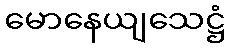
မောနေယျသေဋ္ဌံ